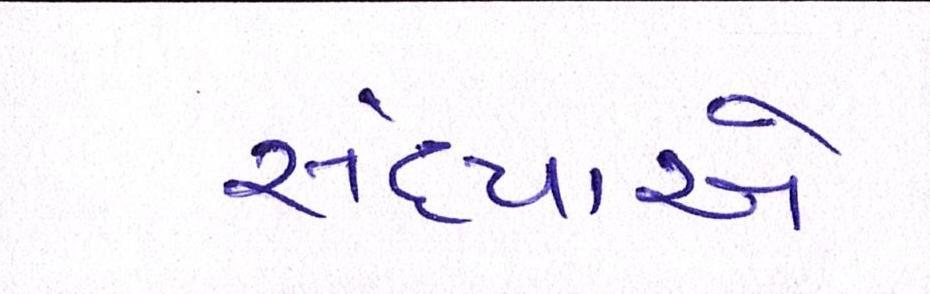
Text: સંધ્યાએ